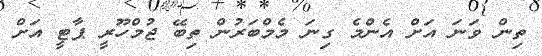
ތިން ވަނަ އަށް އެންމެ ގިނަ މެމްބަރުން ތިބޭ ޖުމްހޫރީ ޕާޓީ އަށް